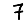
Digit: 7